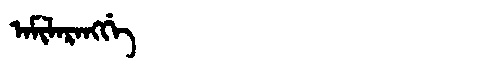
Manchu: ᠠᠮᡳᠯᠠᡵᠠᠩᡤᡝ
Romanization: AMILARANGGE